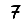
Digit: 7